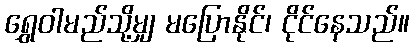
ရွှေဝါမည်သို့မျှ မပြောနိုင်၊ ငိုင်နေသည်။